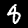
Digit: 8